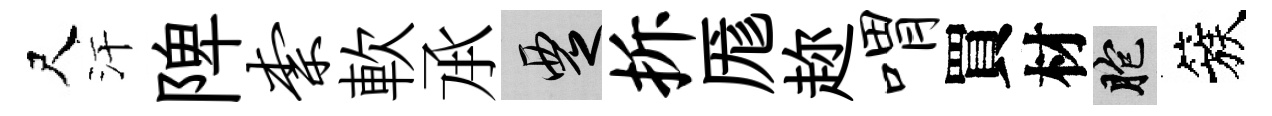
尺汗陴柰軟𠄘覂拆厖趂喟買材胞簇